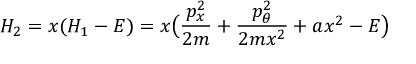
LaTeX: H _ { 2 } = x ( H _ { 1 } - E ) = x \bigl ( \frac { p _ { x } ^ { 2 } } { 2 m } + \frac { p _ { \theta } ^ { 2 } } { 2 m x ^ { 2 } } + a x ^ { 2 } - E \bigr )